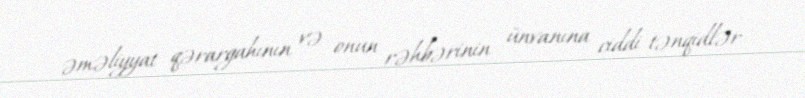
əməliyyat qərargahının və onun rəhbərinin ünvanına ciddi tənqidlər